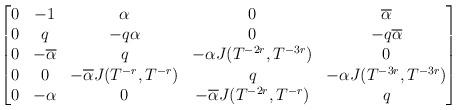
LaTeX: \begin{align*}\begin{bmatrix}0&-1&\alpha&0&\overline\alpha\\0&q&-q\alpha&0&-q\overline\alpha\\0&-\overline\alpha&q&-\alpha J(T^{-2r},T^{-3r})&0\\0&0&-\overline\alpha J(T^{-r},T^{-r})&q&-\alpha J(T^{-3r},T^{-3r})\\0&-\alpha&0&-\overline\alpha J(T^{-2r},T^{-r})&q\end{bmatrix}\end{align*}